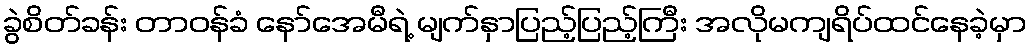
ခွဲစိတ်ခန်း တာဝန်ခံ နော်အေမီရဲ့ မျက်နှာပြည့်ပြည့်ကြီး အလိုမကျရိပ်ထင်နေခဲ့မှာ